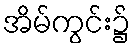
အိမ်ကွင်း၌